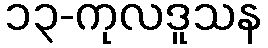
၁၃-ကုလဒူသန